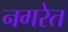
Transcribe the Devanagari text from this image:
नगरेत